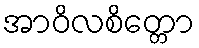
အာဝိလစိတ္တော